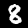
Digit: 8